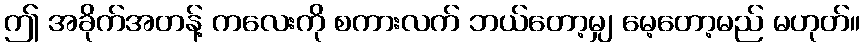
ဤ အခိုက်အတန့် ကလေးကို စကားလက် ဘယ်တော့မျှ မေ့တော့မည် မဟုတ်။